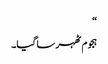
“
ہجوم ٹھہر سا گیا۔